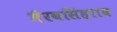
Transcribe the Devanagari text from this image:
भैरवसिंहराव